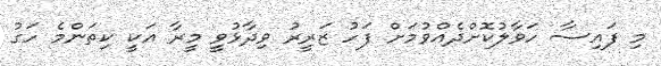
މި ފައިސާ ހަވާލުކޮށްދެއްވުމަށް ފަހު ޒަރީރު ވިދާޅުވީ މީރާ އަކީ ކިތަންމެ ހަގު